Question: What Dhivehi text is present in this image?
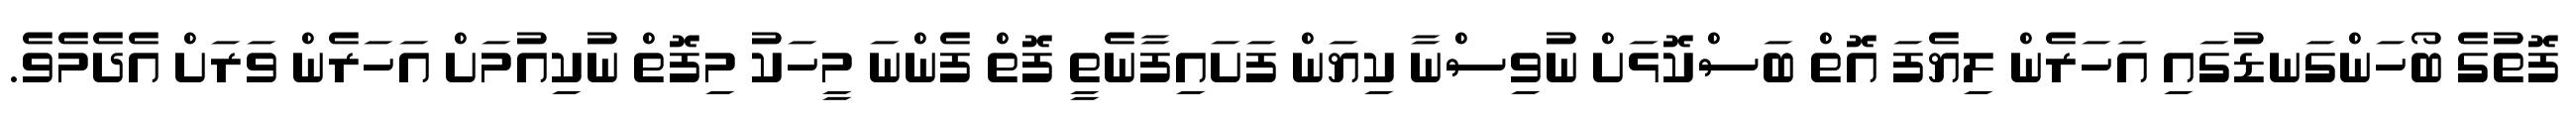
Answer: ފޮތުގެ ބޯހަންގަނޑުގައި އަހަރެން ލިޔެފަ އޮތް ބަސްކޮޅަށް ނުވިސްނާ ކިޔަން ފަށައިފާނެތީ ފޮތް ފެންނަ މީހަކު މިފޮތް ނުކިއުމަށް އަހަރެން ވަރަށް އެދެމެވެ.